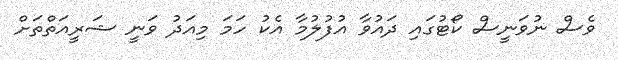
ވެސް ނުވަނީސް ކޯޓުގައި ދައުވާ އުފުލުމާ އެކު ހަމަ މިއަދު ވަނީ ޝަރީއަތްތަށް